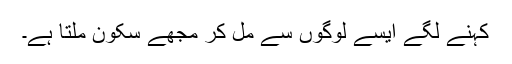
کہنے لگے ایسے لوگوں سے مل کر مجھے سکون ملتا ہے۔